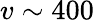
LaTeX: v\sim 400